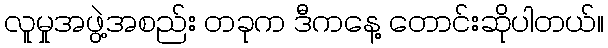
လူမှုအဖွဲ့အစည်း တခုက ဒီကနေ့ တောင်းဆိုပါတယ်။